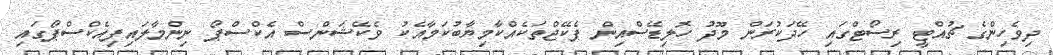
ދިވެހިންގެ ޗުއްޓީ ރިސޯޓްގައި ހޭދަކުރަން މޫދު ހޮލިޑޭސްއިން ޕެކޭޖްތަކެއްކާމިޔާބުކަމާއެކު ވެކޭޝަންސް އެކްްސްޕޯ ނިންމާލައިފިއެކްސްޕޯގައި